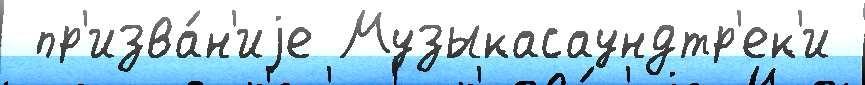
 пр'изва́н'иjе Музыкасаундтр'ек'и